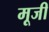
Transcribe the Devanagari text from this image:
मूजी